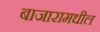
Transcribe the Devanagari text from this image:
बाजारामधील